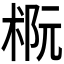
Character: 𪲭